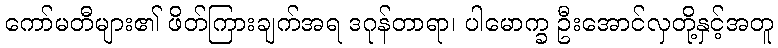
ကော်မတီများ၏ ဖိတ်ကြားချက်အရ ဒဂုန်တာရာ၊ ပါမောက္ခ ဦးအောင်လှတို့နှင့်အတူ